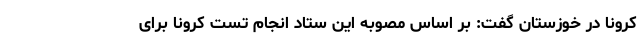
کرونا در خوزستان گفت: بر اساس مصوبه این ستاد انجام تست کرونا برای